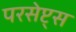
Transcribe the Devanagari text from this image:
परसेप्ट्स